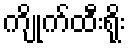
ကျိုက်ထီးရိုး